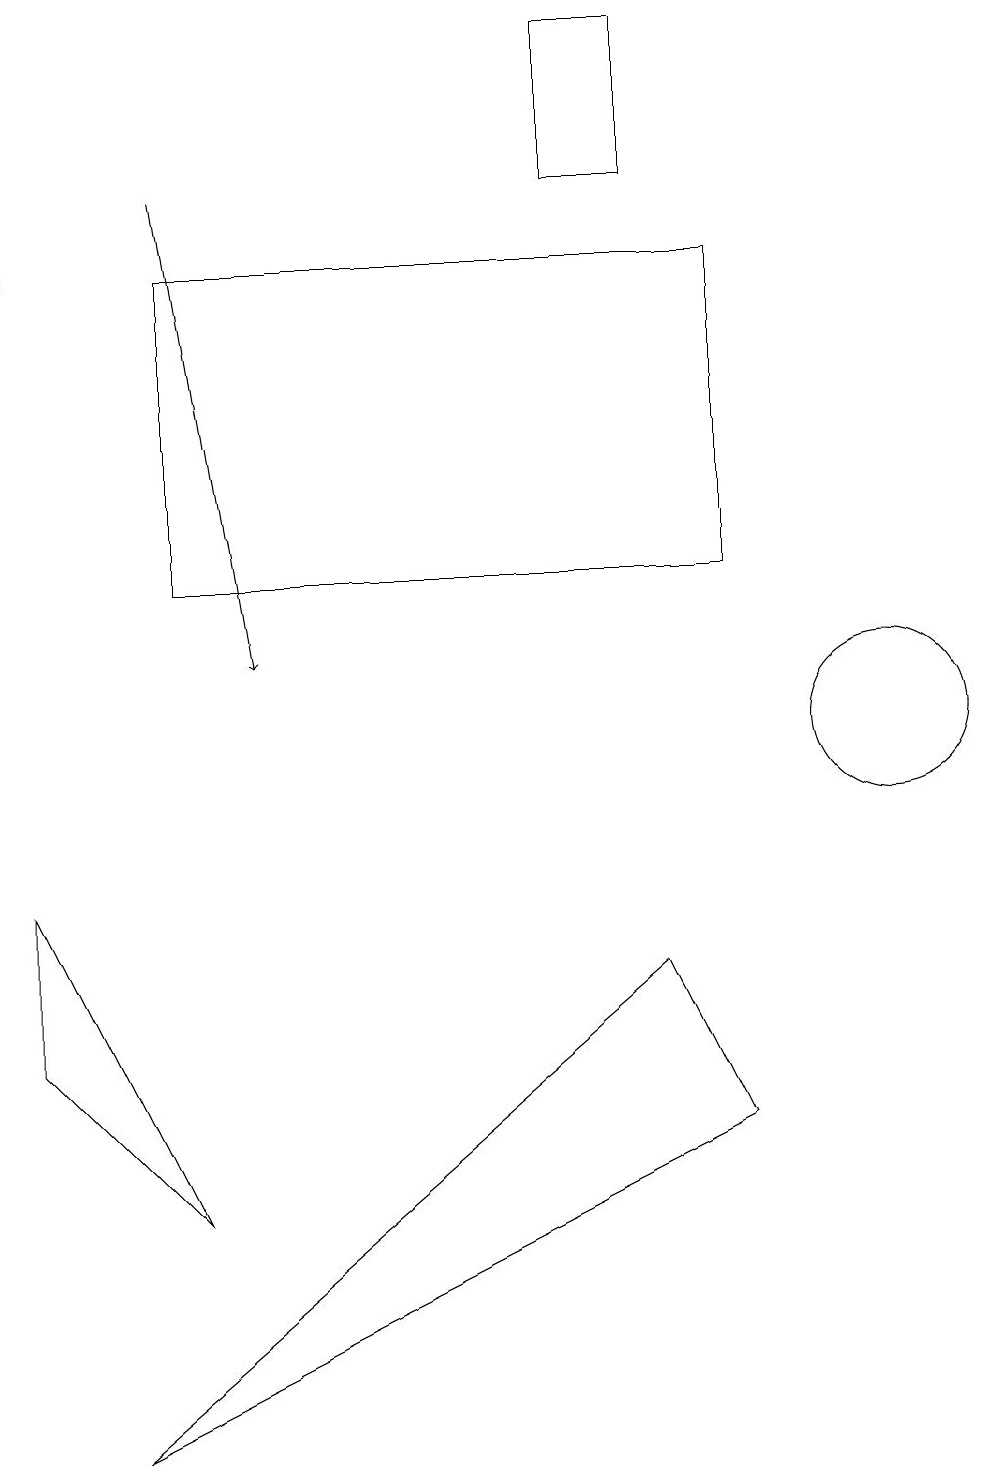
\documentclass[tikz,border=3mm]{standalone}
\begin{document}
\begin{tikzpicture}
\draw[->] (0,18) -- (0,16);
\draw (2,16) rectangle (9,12);
\draw (2,4) -- (0,6) -- (0,8) -- cycle;
\draw (8,7) -- (1,1) -- (9,5) -- cycle;
\draw (8,19) rectangle (7,17);
\draw[->] (2,17) -- (3,11);
\draw (11,10) circle (1);
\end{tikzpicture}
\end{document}